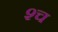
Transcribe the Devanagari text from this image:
श्‍च